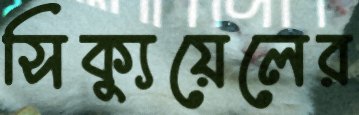
সিক্যুয়েলের